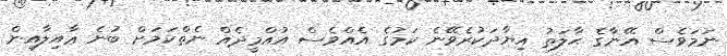
ނަމަވެސް އޭނާގެ ޙާލަތު އިޔާދަކުރެވޭނެ ކަމުގެ އެއްވެސް އުއްމީދެއް ނެތްކަމަށް ބުނެ ޢާއިލާއިން